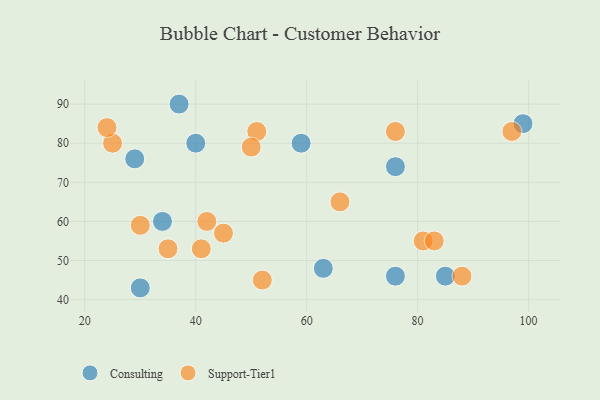
{"axis": {"x": "GDP", "y": "Life Expectancy"}, "legend": ["Consulting", "Support-Tier1"], "data": [{"x": "85", "y": 46, "type": "Consulting"}, {"x": "99", "y": 85, "type": "Consulting"}, {"x": "76", "y": 46, "type": "Consulting"}, {"x": "76", "y": 74, "type": "Consulting"}, {"x": "37", "y": 90, "type": "Consulting"}, {"x": "40", "y": 80, "type": "Consulting"}, {"x": "29", "y": 76, "type": "Consulting"}, {"x": "59", "y": 80, "type": "Consulting"}, {"x": "34", "y": 60, "type": "Consulting"}, {"x": "63", "y": 48, "type": "Consulting"}, {"x": "30", "y": 43, "type": "Consulting"}, {"x": "30", "y": 59, "type": "Support-Tier1"}, {"x": "25", "y": 80, "type": "Support-Tier1"}, {"x": "41", "y": 53, "type": "Support-Tier1"}, {"x": "88", "y": 46, "type": "Support-Tier1"}, {"x": "81", "y": 55, "type": "Support-Tier1"}, {"x": "42", "y": 60, "type": "Support-Tier1"}, {"x": "52", "y": 45, "type": "Support-Tier1"}, {"x": "66", "y": 65, "type": "Support-Tier1"}, {"x": "45", "y": 57, "type": "Support-Tier1"}, {"x": "51", "y": 83, "type": "Support-Tier1"}, {"x": "24", "y": 84, "type": "Support-Tier1"}, {"x": "97", "y": 83, "type": "Support-Tier1"}, {"x": "76", "y": 83, "type": "Support-Tier1"}, {"x": "35", "y": 53, "type": "Support-Tier1"}, {"x": "83", "y": 55, "type": "Support-Tier1"}, {"x": "50", "y": 79, "type": "Support-Tier1"}]}